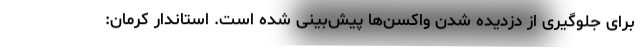
برای جلوگیری از دزدیده شدن واکسن‌ها پیش‌بینی شده است. استاندار کرمان: